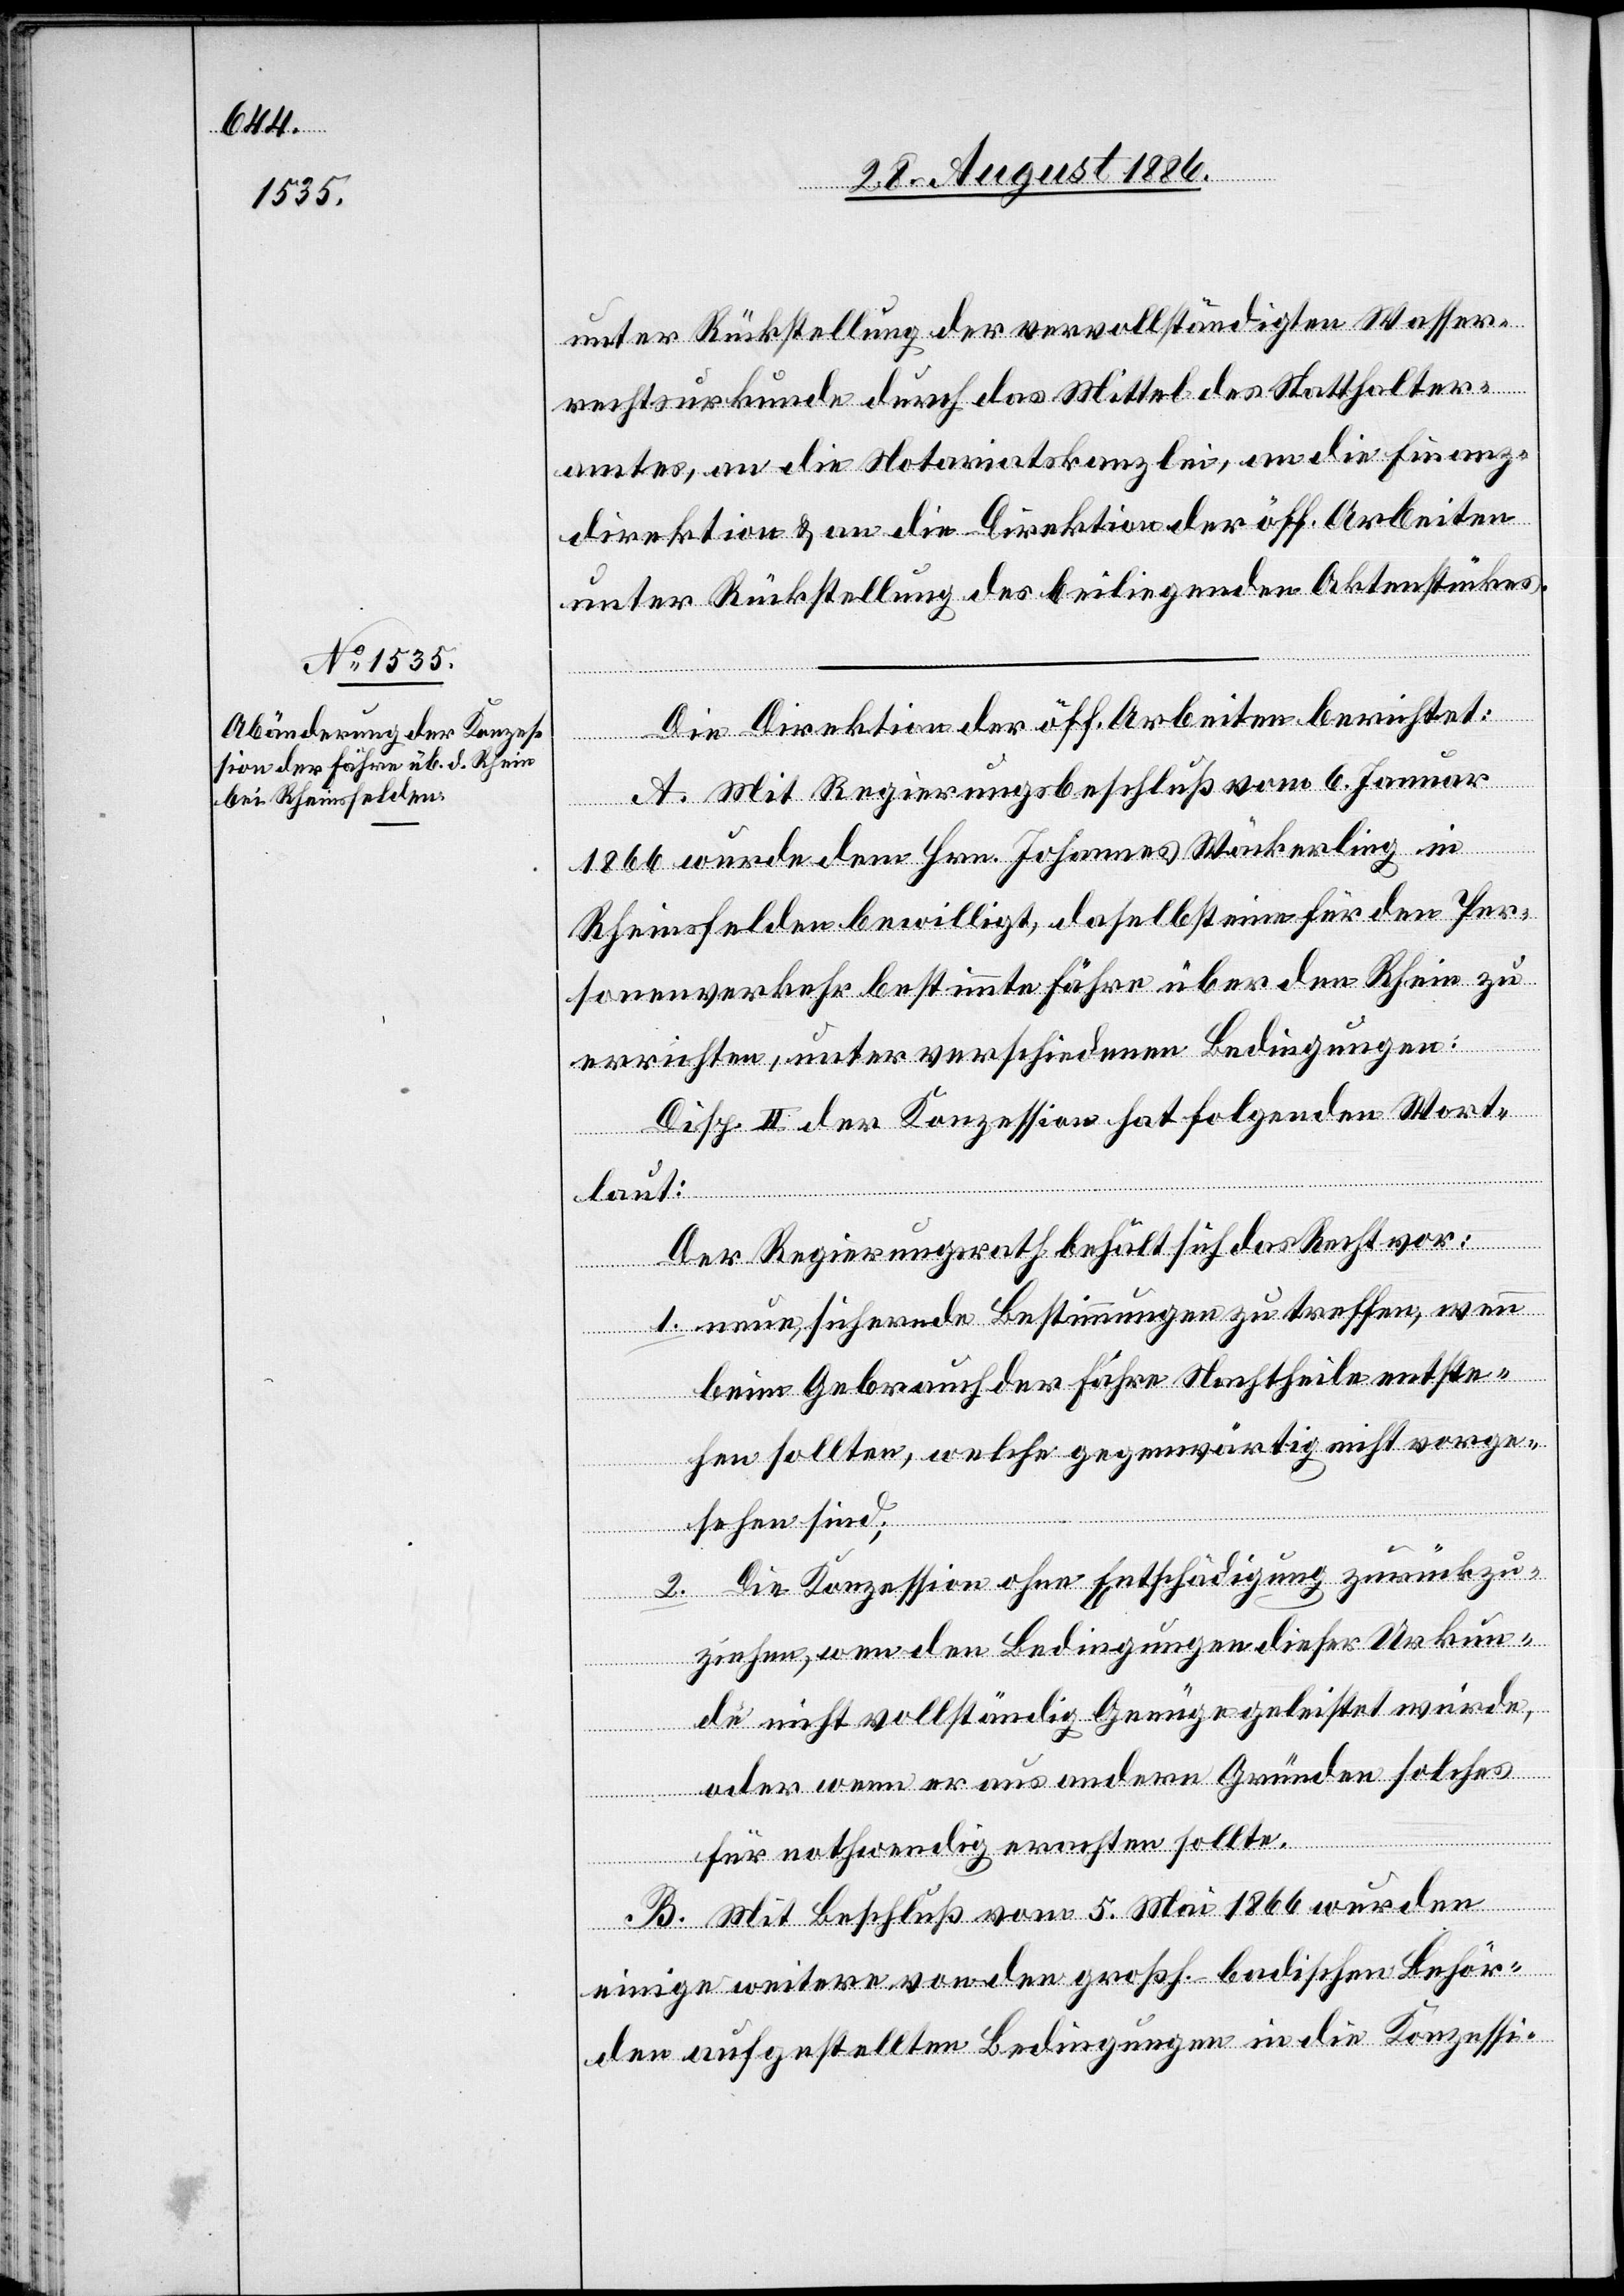
unter Rückstellung der vervollständigten Wasser¬
rechtsurkunde durch das Mittel des Statthalter¬
amtes, an die Notariatskanzlei, an die Finanz¬
direktion & an die Direktion der öff. Arbeiten
unter Rückstellung des beiliegenden Aktenstückes.
Die Direktion der öff. Arbeiten berichtet:
A. Mit Regierungsbeschluß vom 6. Januar
1866 wurde dem Hrn. Johannes Wäckerling in
Rheinsfelden bewilligt, daselbst eine für den Per¬
sonenverkehr bestimmte Fähre über den Rhein zu
errichten, unter verschiedenen Bedingungen:
Disp. II der Konzession hat folgenden Wort¬
laut:
1. neue, sichernde Bestimmungen zu treffen, wenn
beim Gebrauch der Fähre Nachtheile entste¬
hen sollten, welche gegenwärtig nicht vorge¬
sehenen sind;
2. die Konzession ohne Entschädigung zurückzu¬
ziehen, wen[n] den Bedingungen dieser Urkun¬
de nicht vollständig Genüge geleistet würde,
oder wenn er aus andern Gründen solches
für nothwendig erachten sollte.
B. Mit Beschluß vom 5. Mai 1866 wurden
einige weitere von den großh.-badischen Behör¬
den aufgestellten [sic!] Bedingungen in die Konzessi-